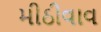
મીઠીવાવ